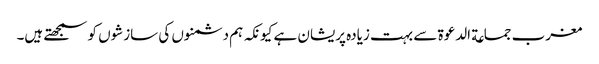
مغرب جماعة الدعوة سے بہت زیادہ پریشان ہے کیونکہ ہم دشمنوں کی سازشوں کو سمجھتے ہیں۔